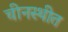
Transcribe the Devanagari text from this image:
चीनस्थीत